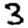
Digit: 3